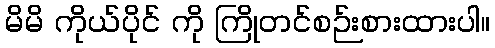
မိမိ ကိုယ်ပိုင် ကို ကြိုတင်စဉ်းစားထားပါ။